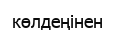
көлдеңінен